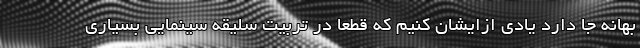
بهانه جا دارد یادی ازایشان کنیم که قطعا در تربیت سلیقه سینمایی بسیاری